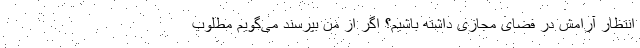
انتظار آرامش در فضای مجازی داشته باشیم؟ اگر از من بپرسند می‌گویم مطلوب